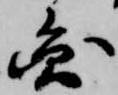
円